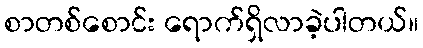
စာတစ်စောင်း ရောက်ရှိလာခဲ့ပါတယ်။